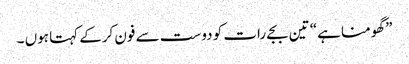
” گھومنا ہے“ تین بجے رات کو دوست سے فون کرکے کہتا ہوں ۔